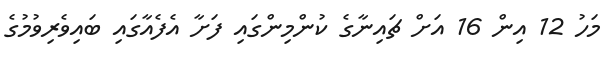
މަހު 12 އިން 16 އަށް ޗައިނާގެ ކުންމިންގައި ފަށާ އެފެއާގައި ބައިވެރިވުމުގެ